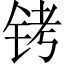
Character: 铐